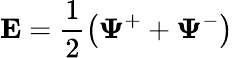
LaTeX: {\mathbf{E}}=\frac{1}{2}\left({{{\mathbf{\Psi}}^{+}}+{{\mathbf{\Psi}}^{-}}}\right)